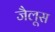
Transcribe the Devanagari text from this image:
जैलूस